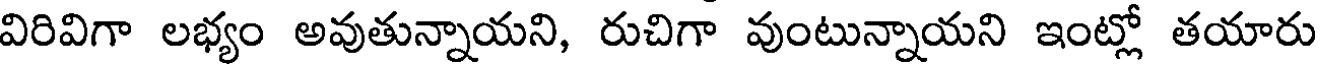
విరివిగా లభ్యం అవుతున్నాయని, రుచిగా వుంటున్నాయని ఇంట్లో తయారు